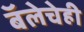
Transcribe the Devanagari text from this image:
बॅलेचेही